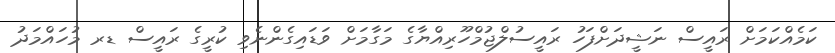
ކަމެއްކަމަށް ރައީސް ނަޝީދަށްފަހު ރައީސުލްޖުމްހޫރިއްޔާގެ މަގާމަށް ވަޑައިގެންނެވި ކުރީގެ ރައީސް ޑރ މުހައްމަދު